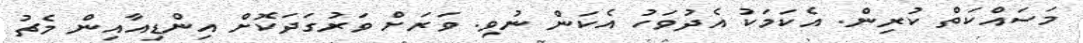
މަސައްކަތް ކުރިން. އެކަމަކު އެދުވަހު އެކަން ނުވި. ވަރަށް ވަރުގަދަކޮށް އިންޑިއާއިން މެޗު